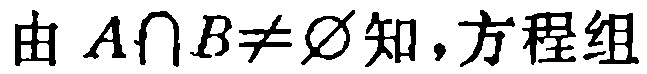
由 \(A\cap B\neq\varnothing\)知，方程组